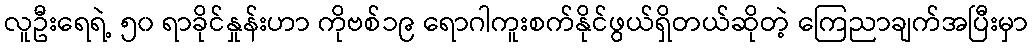
လူဦးရေရဲ့ ၅၀ ရာခိုင်နှုန်းဟာ ကိုဗစ်၁၉ ရောဂါကူးစက်နိုင်ဖွယ်ရှိတယ်ဆိုတဲ့ ကြေညာချက်အပြီးမှာ